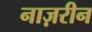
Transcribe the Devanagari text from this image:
नाज़रीन